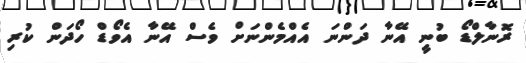
ރޮނާލްޑޯ ބުނީ އޭނާ ދަންނަ އެއްމެންނަށް ވެސް އޭނާ އެވޯޑް ހޯދަން ކުރި